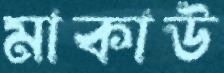
মাকাউ